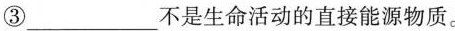
③___不是生命活动的直接能源物质。